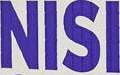
NISI